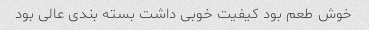
خوش طعم بود کیفیت خوبی داشت بسته بندی عالی بود